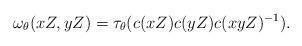
LaTeX: \begin{align*}\omega_{\theta}(xZ,yZ)=\tau_\theta(c(xZ)c(yZ)c(xyZ)^{-1}).\end{align*}